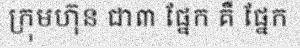
ក្រុមហ៊ុន ជា៣ ផ្នែក គឺ ផ្នែក